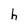
Character: h